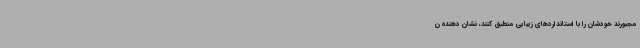
مجبورند خودشان را با استانداردهای زیبایی منطبق کنند، نشان دهنده ن